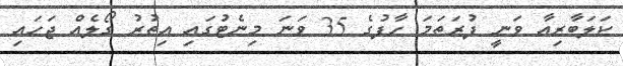
ކަލަބާރިއާ ވަނީ ފުރަތަމަ ހާފުގެ 35 ވަނަ މިނެޓުގައި އިތުރު ގޯލެއް ޖަހައި